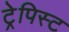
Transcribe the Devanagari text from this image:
ट्रेपिस्ट